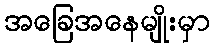
အခြေအနေမျိုးမှာ